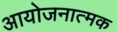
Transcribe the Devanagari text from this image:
आयोजनात्मक